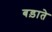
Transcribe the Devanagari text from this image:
बड़ाते